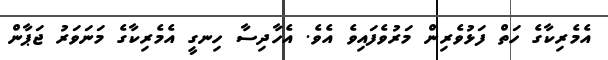
އެމެރިކާގެ ހަތް ފަޅުވެރިން މަރުވެފައިވެ އެވެ. އެހާދިސާ ހިނގީ އެެމެރިކާގެ މަނަވަރު ޖަޕާން